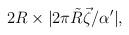
LaTeX: \begin{align*}2R\times |2\pi \tilde R\vec \zeta/\alpha'|,\end{align*}